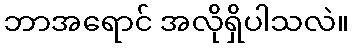
ဘာအရောင် အလိုရှိပါသလဲ။